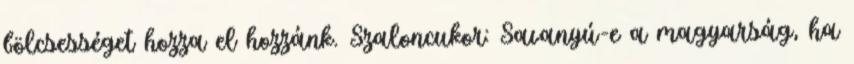
bölcsességet hozza el hozzánk. Szaloncukor: Savanyú-e a magyarság, ha